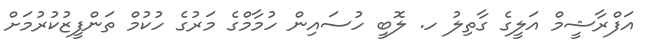
އަފްރާޝީމް އަލީގެ ގާތިލު ހ. ލޮބީ ހުސައިން ހުމާމްގެ މަރުގެ ހުކުމް ތަންފީޒުކުރުމަށް